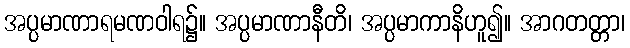
အပ္ပမာဏာရမဏဝါရ၌။ အပ္ပမာဏာနီတိ၊ အပ္ပမာကာနိဟူ၍။ အာဂတတ္တာ၊